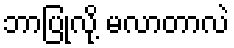
ဘာပြုလို့ မလာတာလဲ